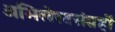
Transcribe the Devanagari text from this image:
अभिलेखसंग्रहों